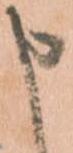
申